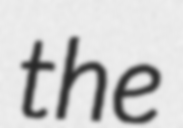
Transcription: the